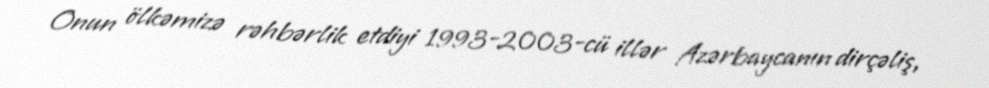
Onun ölkəmizə rəhbərlik etdiyi 1993-2003-cü illər Azərbaycanın dirçəliş,